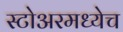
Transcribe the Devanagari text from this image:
स्टोअरमध्येच